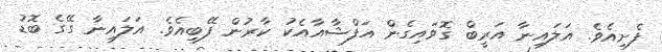
ފެށިއެވެ. އަލައިނާ އަރީބް ގޮވައިގެން އަފްޝާއާއެކު ކާރުން ފޭބިއެވެ. އަލައިނާ ގޭގެ ބޮޑު